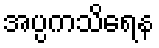
အပ္ပကသိရေန